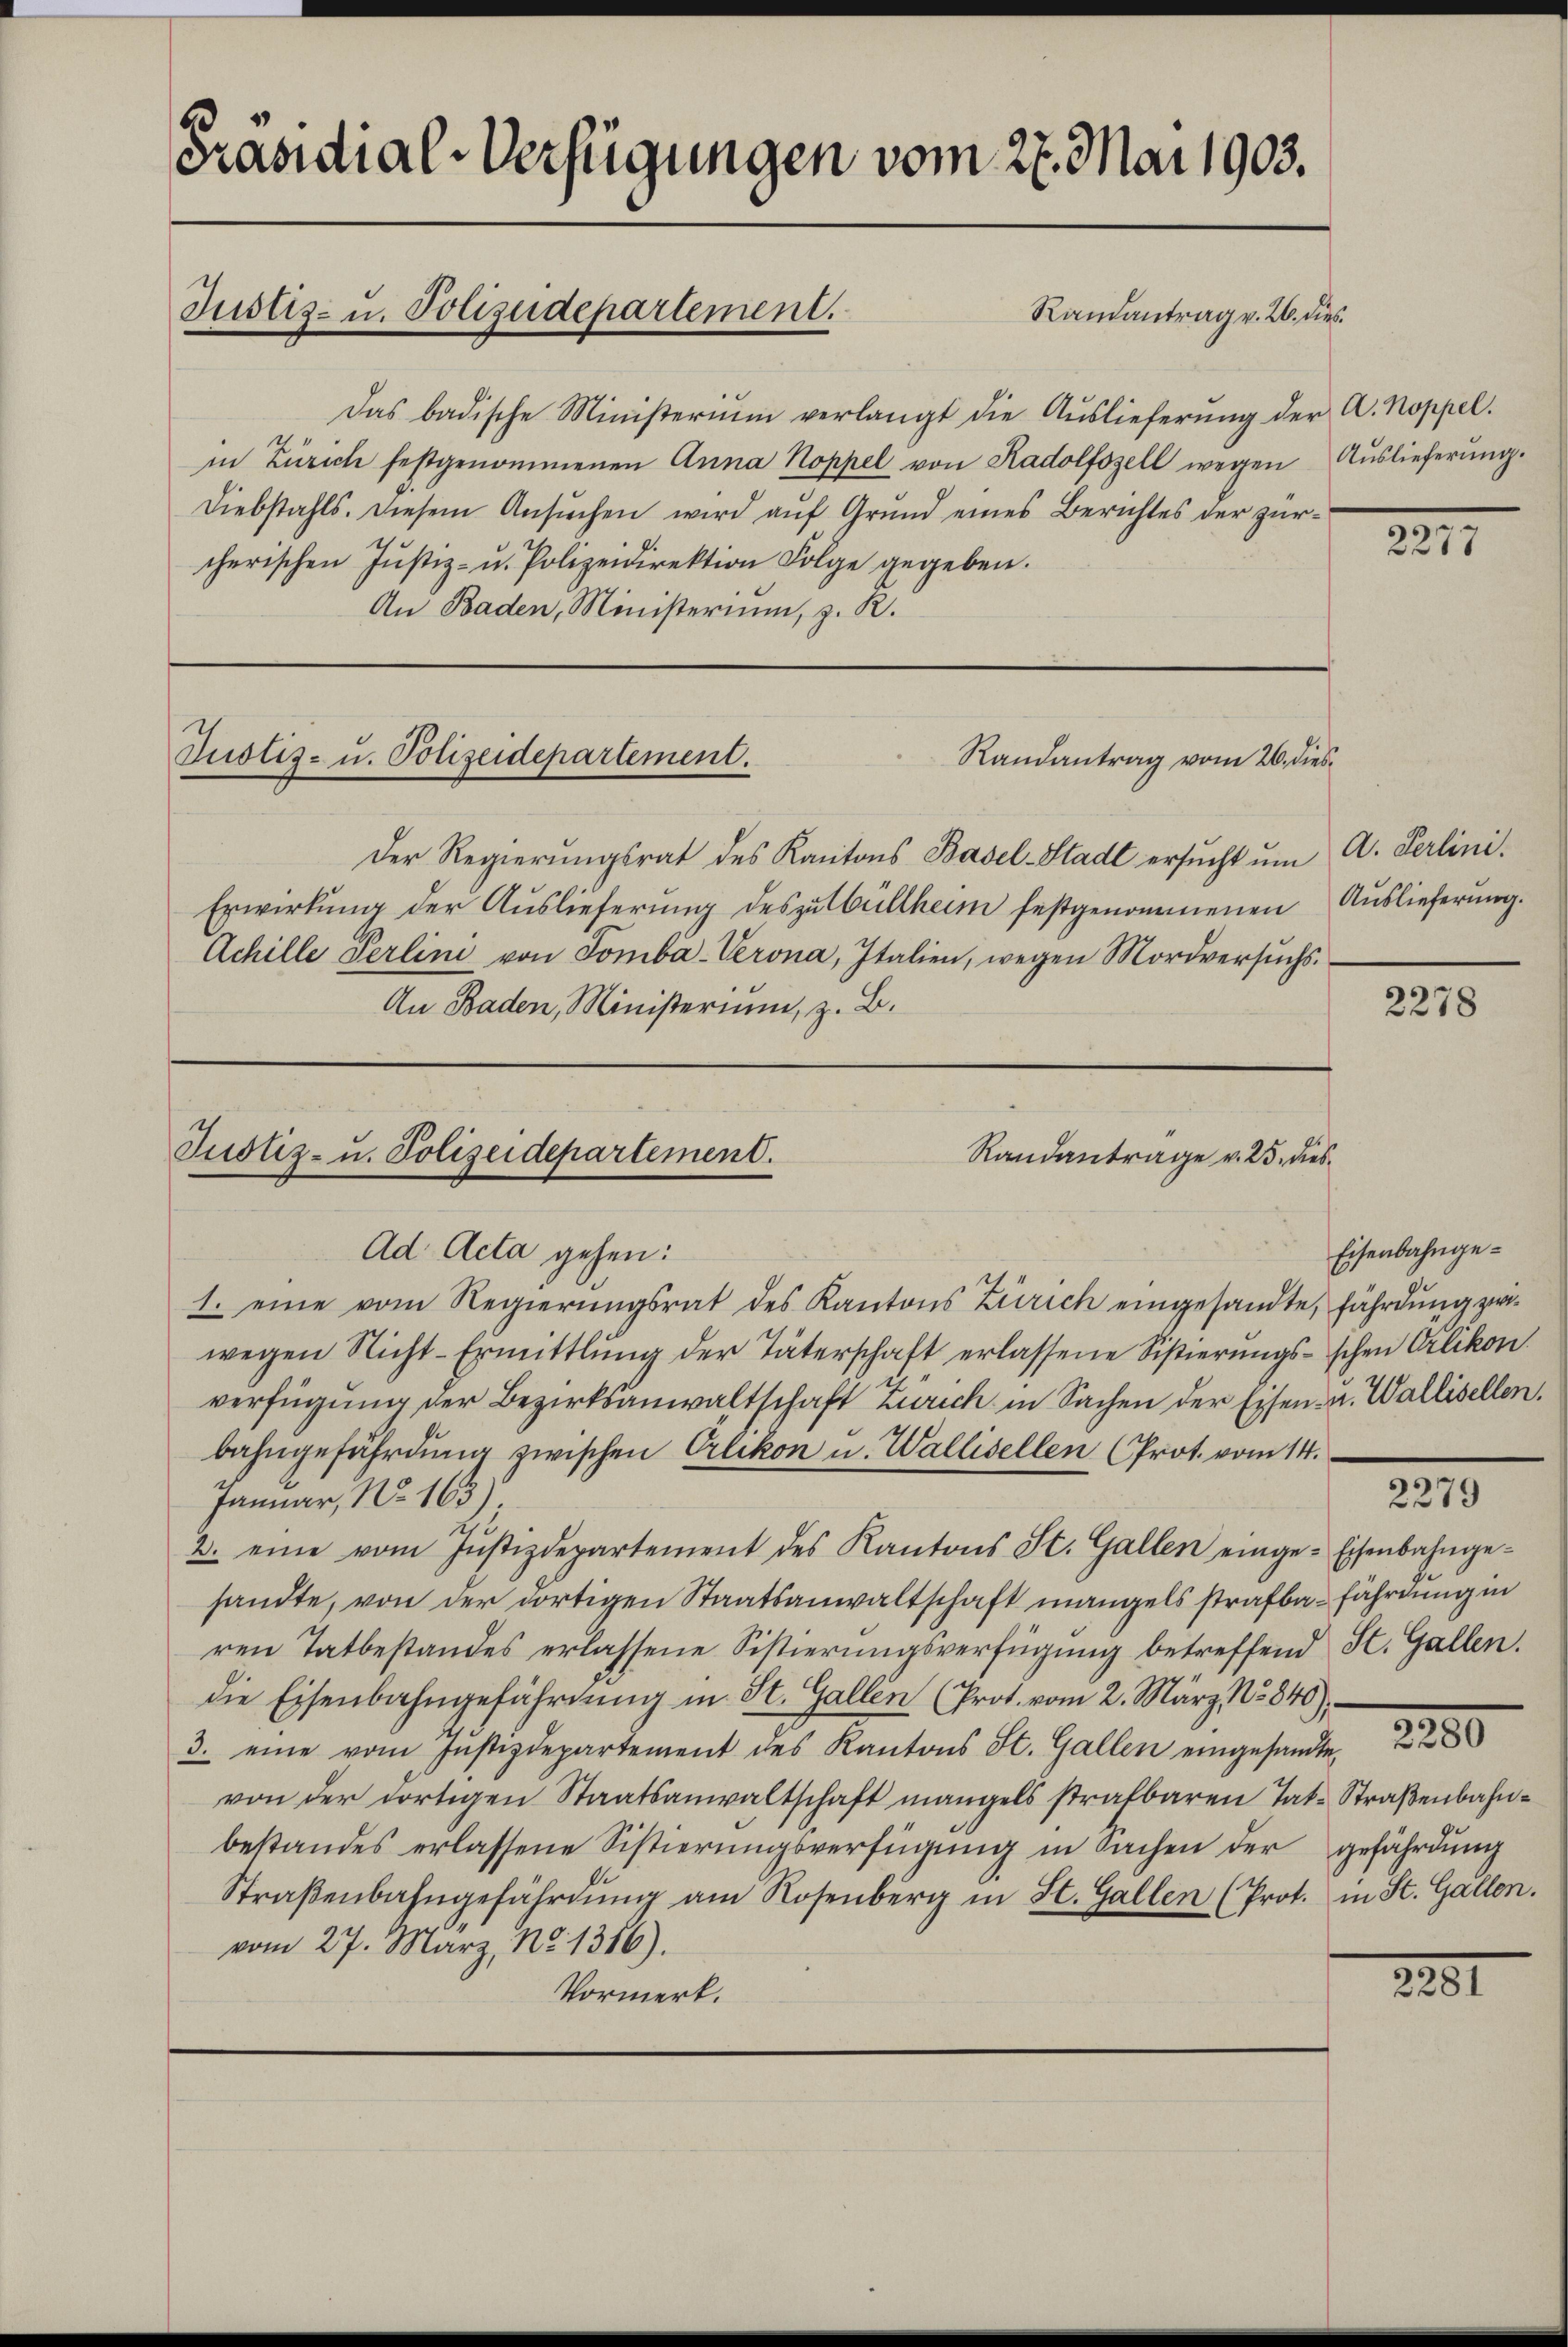
Prandial-Verfügungen vom 27. Mai 1903.

Justiz- u. Polizeidepartement.
Randantrag v. 26. dies

Das badische Ministerium verlangt die Auslieferŭng der A. Koppel.
in Zürich festgenommenen Anna Koppel von Radolfszell wegen Auslieferung.
Diebstahls. Diesem Ansuchen wird auf Grund eines Berichtes der zürcherischen Jŭstiz- u. Polizeidirektion Folge gegeben.
An Baden, Ministerium, z. R.

Justiz- u. Polizeidepartement.
Randantrag vom 26. dies¬

Der Regierungsrat des Kantons Basel-Stadt ersucht um
Erwirkung der Auslieferung deszubültheim festgenommenen Auslieferung.
Achille Perlini von Somba-Verona, Italien, wegen Mordversŭchs.
An Baden, Ministerium, z. B.

Ad Acta gehen:
1. eine vom Regierŭngsrat des Kantons Zürich eingesandte, fährdung zwiwegen Nicht-Ermittlung der Täterschaft erlassene Sistierŭngsschen Orlikon.
verfügung der Bezirksanwaltschaft Zürich in Sachen der Eisen- u. Wallisellen.
bahngefährdung zwischen Orlikon u. Wallisellen (Prot. vom 14.
Januar, No. 163)
2. eine vom Jŭstizdepartement des Kantons St. Gallen einge-Eisenbahnge-
sandte, von der dortigen Staatsanwaltschaft mangels strafba-fährdung in
ren Tatbestandes erlassene Sistierungsverfügung betreffend St. Gallen.
die Eisenbahngefährdung in St. Gallen (Prot. vom 2. März 1840),
3. eine vom Justizdepartement des Kantons St. Gallen eingesandte
von der dortigen Staatsanwaltschaft mangels strafbaren Tat-Straßenbahnbestandes erlassene Sistierŭngsverfügŭng in Sachen der gefährdung
Straβenbahngefährdung am Rosenberg in St. Gallen (Prot. in St. Gallen.
vom 27. März, No 1316).
Vormerk.

Justiz- u. Polizeidepartement.
Randantrage v. 25. dies

s
2277

A. Perlini.

2278

Eisenbahnge¬

2279

2251